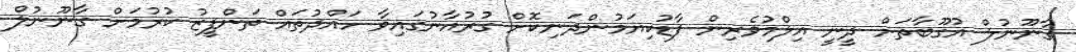
ގާނޫނުލް އުގޫބާތަށް ދީނީ އިލްމުވެރިން ފާޑުކިޔަމުންދަނިކޮށް ގުރުއާނުގައިވާ ހައްދުތައް ތަންފީޒު ކުރުމަށް ގާނޫނުލް